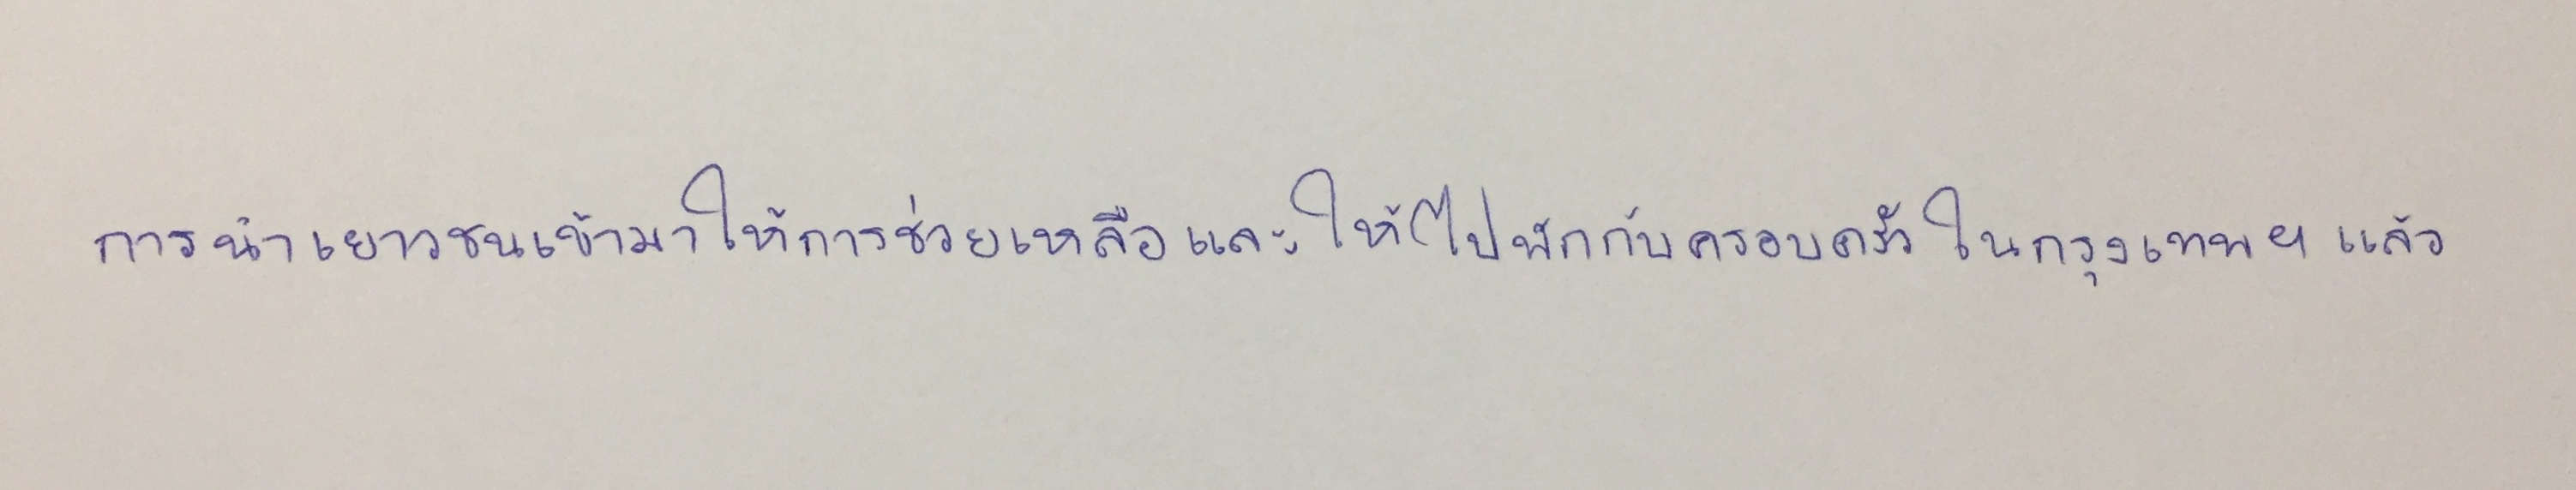
การนำเยาวชนเข้ามาให้การช่วยเหลือและให้ไปพักกับครอบครัวในกรุงเทพฯแล้ว